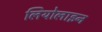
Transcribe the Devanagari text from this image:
लियोलाइन